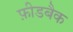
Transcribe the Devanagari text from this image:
फ़ीडबैक